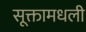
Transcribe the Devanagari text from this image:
सूक्तामधली